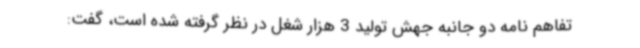
تفاهم نامه دو جانبه جهش تولید 3 هزار شغل در نظر گرفته شده است، گفت: